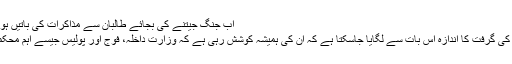
Image caption اب جنگ جیتنے کی بجائے طالبان سے مذاکرات کی باتیں ہو رہی ہیں
افغان حکومت پر شمالی اتحاد کی گرفت کا اندازہ اس بات سے لگایا جاسکتا ہے کہ ان کی ہمیشہ کوشش رہی ہے کہ وزارت داخلہ، فوج اور پولیس جیسے اہم محکمے اس کے زیر اثر ہی رہیں۔